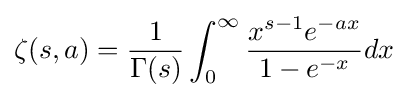
\zeta (s,a)={\frac {1}{\Gamma (s)}}\int _{0}^{\infty }{\frac {x^{s-1}e^{-ax}}{1-e^{-x}}}dx